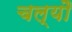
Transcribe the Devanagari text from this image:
चल्यौ